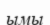
ымы